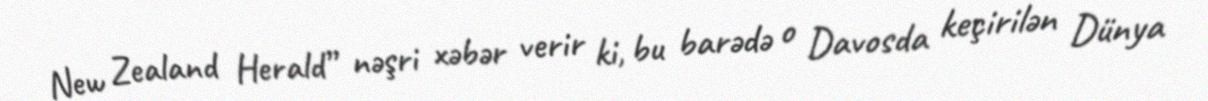
New Zealand Herald” nəşri xəbər verir ki, bu barədə o Davosda keçirilən Dünya